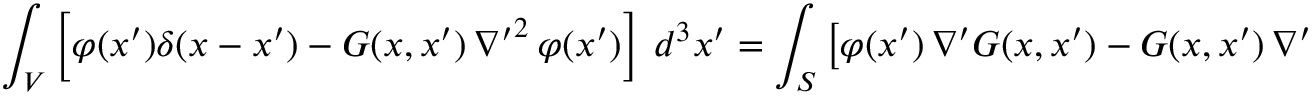
\int _ { V } \left[ \varphi ( x ^ { \prime } ) \delta ( x - x ^ { \prime } ) - G ( x , x ^ { \prime } ) \, { \nabla ^ { \prime } } ^ { 2 } \, \varphi ( x ^ { \prime } ) \right] \ d ^ { 3 } x ^ { \prime } = \int _ { S } \left[ \varphi ( x ^ { \prime } ) \, { \nabla ^ { \prime } } G ( x , x ^ { \prime } ) - G ( x , x ^ { \prime } ) \, { \nabla ^ { \prime } } \varphi ( x ^ { \prime } ) \right] \cdot d { \widehat { \sigma } } ^ { \prime } .